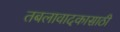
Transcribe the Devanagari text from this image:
तबलावादकासाठी